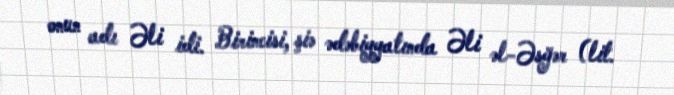
onun adı Əli idi. Birincisi, şiə ədəbiyyatında Əli əl-Əsğər (lit.